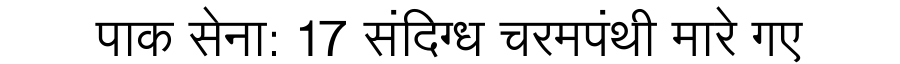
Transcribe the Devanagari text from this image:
पाक सेना: 17 संदिग्ध चरमपंथी मारे गए